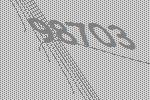
98703